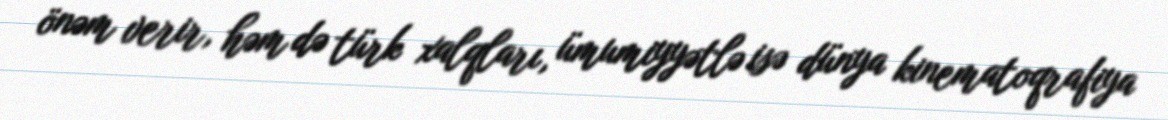
önəm verir, həm də türk xalqları, ümumiyyətlə isə dünya kinematoqrafiya